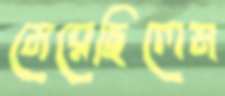
মেরেছিলেম